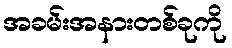
အခမ်းအနားတစ်ခုကို